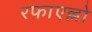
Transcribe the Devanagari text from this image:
रफाएल्लो